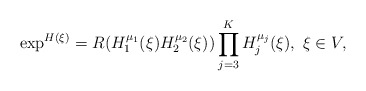
\begin{align*} \exp^{H(\xi)} = R(H_1^{\mu_1}(\xi) H_2^{\mu_2}(\xi)) \prod_{j=3}^K H_j^{\mu_j}(\xi), \ \xi\in V, \end{align*}